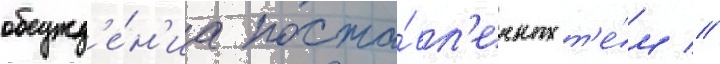
обсужд'е́н'иа поста́вл'енных т'е́м //